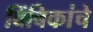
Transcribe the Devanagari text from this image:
बिंबिकांचे